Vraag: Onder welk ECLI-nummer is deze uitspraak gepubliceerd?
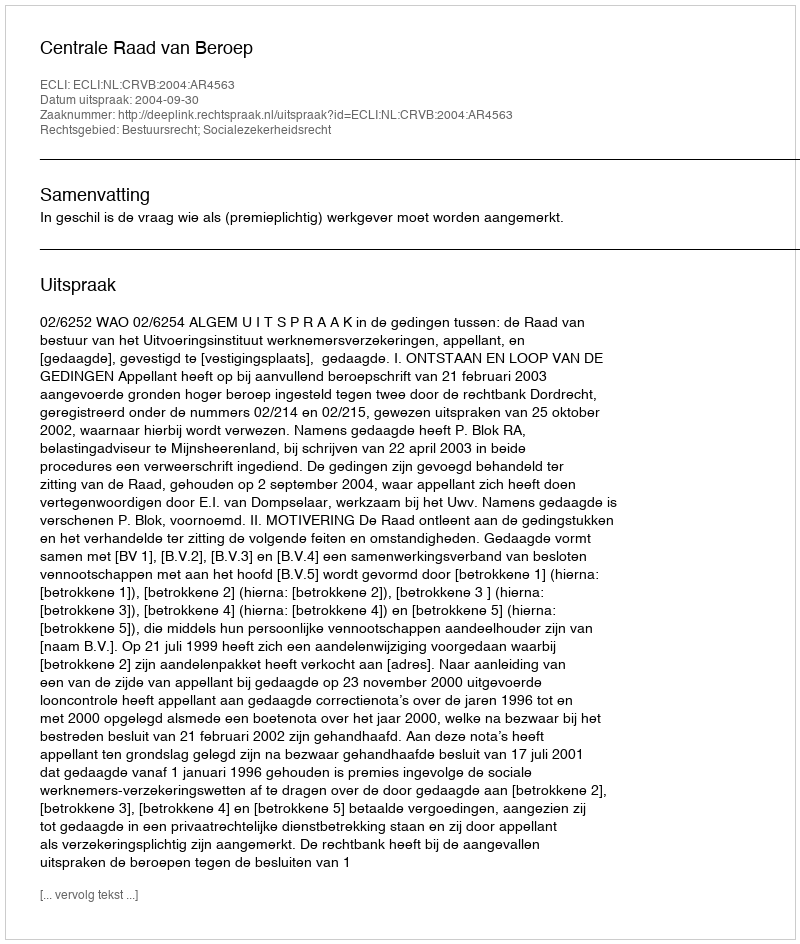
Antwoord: ECLI:NL:CRVB:2004:AR4563